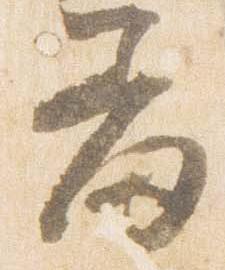
羞